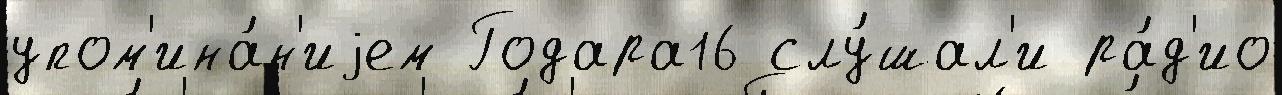
упом'ина́н'иjем Годара16 слу́шал'и ра́д'ио